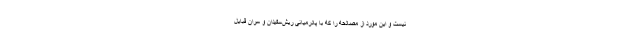
نیست و این مورد از مصالحه را که با پادرمیانی ریش‌سفیدان و سران قبایل